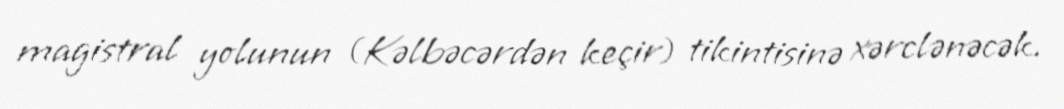
magistral yolunun (Kəlbəcərdən keçir) tikintisinə xərclənəcək.